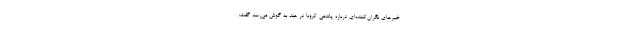
خبرهای نگران‌کننده‌ای درباره پاندمی کرونا در هند به گوش می‌رسد گفت: